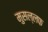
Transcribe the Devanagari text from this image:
मुसल्लफ